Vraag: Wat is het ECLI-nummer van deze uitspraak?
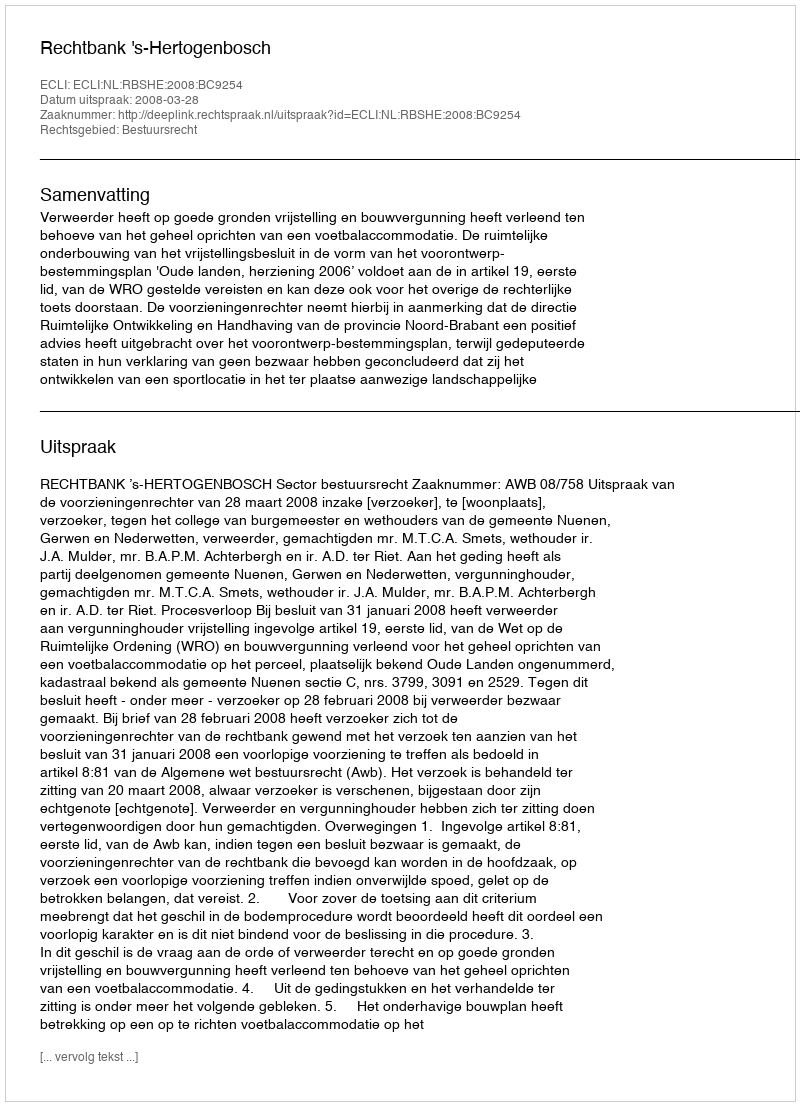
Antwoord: ECLI:NL:RBSHE:2008:BC9254